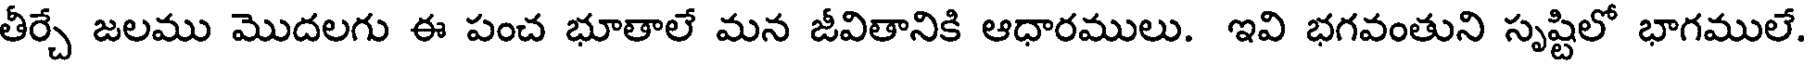
తీర్చే జలము మొదలగు ఈ పంచ భూతాలే మన జీవితానికి ఆధారములు. ఇవి భగవంతుని సృష్టిలో భాగములే